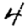
Digit: 4